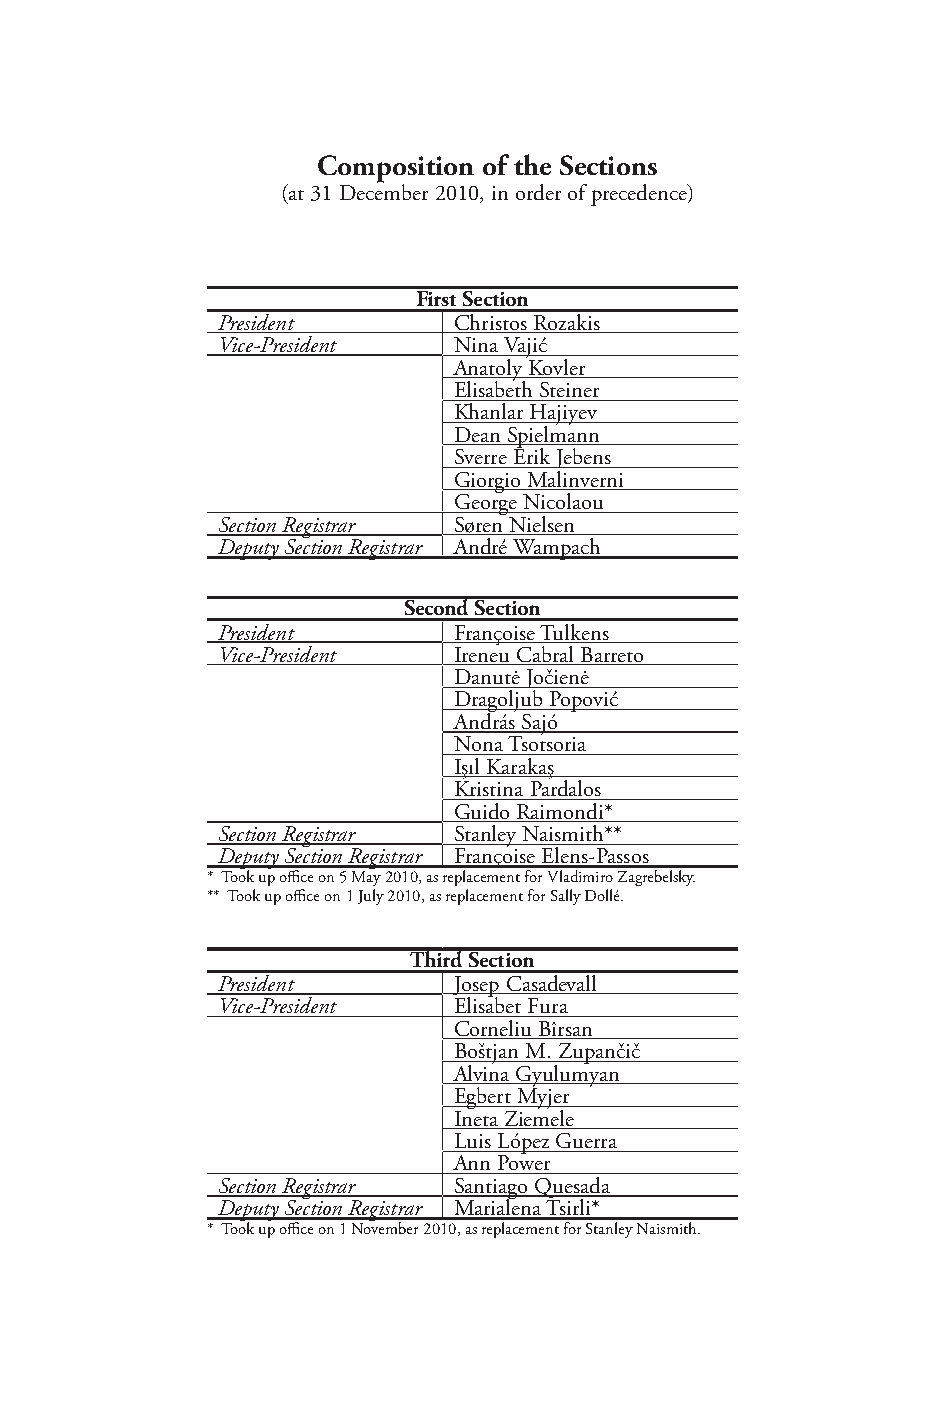
Composition of the Sections
 (at 31 December 2010, in order of precedence)
 First Section
 President       Christos Rozakis
 Vice-President  Nina Vajić
 Anatoly Kovler
 Elisabeth Steiner
 Khanlar Hajiyev
 Dean Spielmann
 Sverre Erik Jebens
 Giorgio Malinverni
 George Nicolaou
 Section Registrar Søren Nielsen
 Deputy Section Registrar André Wampach
 Second Section
 President       Françoise Tulkens
 Vice-President  Ireneu Cabral Barreto
 Danutė Jočienė
 Dragoljub Popović
 András Sajó
 Nona Tsotsoria
 Işıl Karakaş
 Kristina Pardalos
 Guido Raimondi*
 Section Registrar Stanley Naismith**
 Deputy Section Registrar Françoise Elens-Passos
 * Took up office on 5 May 2010, as replacement for Vladimiro Zagrebelsky.
 ** Took up office on 1 July 2010, as replacement for Sally Dollé.
 Third Section
 President       Josep Casadevall
 Vice-President  Elisabet Fura
 Corneliu Bîrsan
 Boštjan M. Zupančič
 Alvina Gyulumyan
 Egbert Myjer
 Ineta Ziemele
 Luis López Guerra
 Ann Power
 Section Registrar Santiago Quesada
 Deputy Section Registrar Marialena Tsirli*
 * Took up office on 1 November 2010, as replacement for Stanley Naismith.